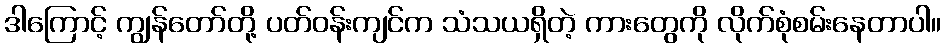
ဒါကြောင့် ကျွန်တော်တို့ ပတ်ဝန်းကျင်က သံသယရှိတဲ့ ကားတွေကို လိုက်စုံစမ်းနေတာပါ။